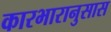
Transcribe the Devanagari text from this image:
कारभारानुसास